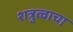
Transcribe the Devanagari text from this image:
शत्रुत्वाचा